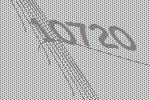
10720